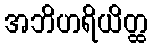
အဘိဟရိယိတ္ထ